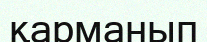
қарманып